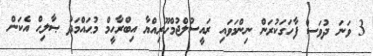
3 ވަނަ ދުވަސް ފާހަގަކުރަން ނިންމަވައި ރައީސުލްޖުމްހޫރިއްޔާ އިބްރާހީމް މުޙައްމަދު ޞާލިޙް އެކަން